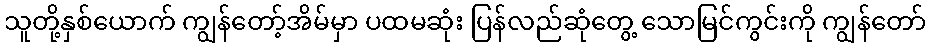
သူတို့နှစ်ယောက် ကျွန်တော့်အိမ်မှာ ပထမဆုံး ပြန်လည်ဆုံတွေ့ သောမြင်ကွင်းကို ကျွန်တော်